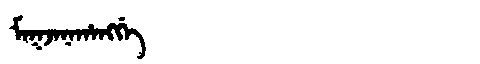
Manchu: ᠮᠠᡴᠵᠠᠨᠠᡥᠠᠩᡤᡝ
Romanization: MAKJANAHANGGE